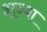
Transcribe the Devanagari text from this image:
शव्या